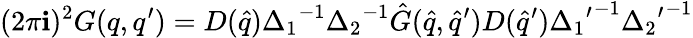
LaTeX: (2{\pi}\mathbf{i})^{2}G(q,q^{\prime})=D({\hat{{q}}}){\Delta_{1}}^{-1}{\Delta_{2}}^{-1}{\hat{{G}}}({\hat{{q}}},{\hat{{q}}}^{\prime})D({\hat{{q}}}^{\prime}){{\Delta_{1}}^{\prime}}^{-1}{{\Delta_{2}}^{\prime}}^{-1}